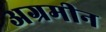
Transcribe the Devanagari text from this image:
अग्रमीन